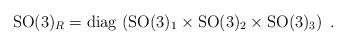
LaTeX: \begin{align*}\mathrm{SO}(3)_R = \mbox{diag} \, \left( \mathrm{SO}(3)_1 \times \mathrm{SO}(3)_2 \times \mathrm{SO}(3)_3 \right)~.\end{align*}